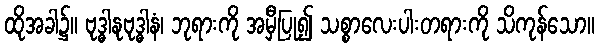
ထိုအခါ၌။ ဗုဒ္ဓါနုဗုဒ္ဓါနံ၊ ဘုရားကို အမှီပြု၍ သစ္စာလေးပါးတရားကို သိကုန်သော။